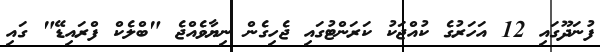
ފުނަދޫގައި 12 އަހަރުގެ ކުއްޖަކު ކަރަންޓުގައި ޖެހިގެން ނިޔާވެއްޖެ "ބްލެކް ފްރައިޑޭ" ގައި